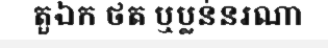
តួឯក ថត ឬប្លន់នរណា